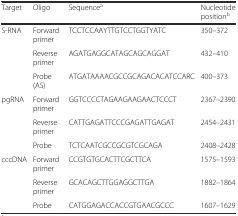
<table><thead><tr><td><b>Target</b></td><td><b>Oligo</b></td><td><b>Sequence<sup>a</sup></b></td><td><b>Nucleotide position<sup>b</sup></b></td></tr></thead><tbody><tr><td>S-RNA</td><td>Forward primer</td><td>TCCTCCAAYTTGTCCTGGTYATC</td><td>350–372</td></tr><tr><td></td><td>Reverse primer</td><td>AGATGAGGCATAGCAGCAGGAT</td><td>432–410</td></tr><tr><td></td><td>Probe (AS)</td><td>ATGATAAAACGCCGCAGACACATCCARC</td><td>400–373</td></tr><tr><td>pgRNA</td><td>Forward primer</td><td>GGTCCCCTAGAAGAAGAACTCCCT</td><td>2367–2390</td></tr><tr><td></td><td>Reverse primer</td><td>CATTGAGATTCCCGAGATTGAGAT</td><td>2454–2431</td></tr><tr><td></td><td>Probe</td><td>TCTCAATCGCCGCGTCGCAGA</td><td>2408–2428</td></tr><tr><td>cccDNA</td><td>Forward primer</td><td>CCGTGTGCACTTCGCTTCA</td><td>1575–1593</td></tr><tr><td></td><td>Reverse primer</td><td>GCACAGCTTGGAGGCTTGA</td><td>1882–1864</td></tr><tr><td></td><td>Probe</td><td>CATGGAGACCACCGTGAACGCCC</td><td>1607–1629</td></tr></tbody></table>